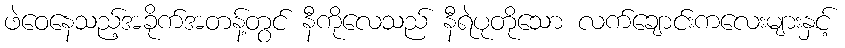
ဖဲဝေနေသည့်အခိုက်အတန့်တွင် နီကိုလေသည် နီရဲပုတိုသော လက်ချောင်းကလေးများနှင့်